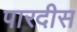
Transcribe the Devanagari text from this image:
पारदीस